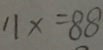
1 1 x = 8 8